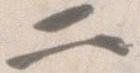
二